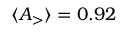
\ensuremath { \langle A _ { > } \rangle } = 0 . 9 2